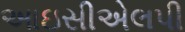
આઇસીએલપી